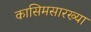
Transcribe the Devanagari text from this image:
कासिमसारख्या